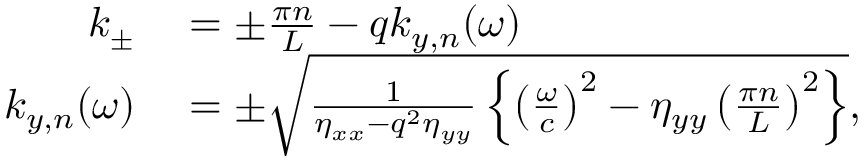
\begin{array} { r l } { k _ { \pm } } & { { } = \pm \frac { \pi n } { L } - q k _ { y , n } ( \omega ) } \\ { k _ { y , n } ( \omega ) } & { { } = \pm \sqrt { \frac { 1 } { \eta _ { x x } - q ^ { 2 } \eta _ { y y } } \left\{ \left( \frac { \omega } { c } \right) ^ { 2 } - \eta _ { y y } \left( \frac { \pi n } { L } \right) ^ { 2 } \right\} } , } \end{array}